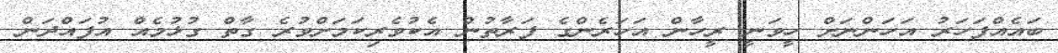
ބައެއްފަހަރު އަހަންނަށް ހީވަނީ ރީހާން އަހަރެންގެ ފަރާތުން އެކުވެރިކަމަށްވުރެ ގާތް ގުޅުމެއް އުފައްދަން